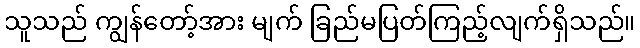
သူသည် ကျွန်တော့်အား မျက် ခြည်မပြတ်ကြည့်လျက်ရှိသည်။